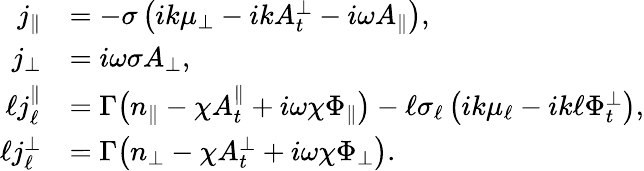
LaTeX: \begin{array}{rl}{j_{\| }}&{=-\sigma\left(ik{\mu_{\perp}}-ikA_{t}^{\perp}-i\omega A_{\| }\right),}\\ {j_{\perp}}&{=i\omega\sigma A_{\perp},}\\ {\ell j_{\ell}^{\| }}&{=\Gamma\big(n_{\| }-\chi A_{t}^{\| }+i\omega\chi\Phi_{\| }\big)-\ell\sigma_{\ell}\left(ik\mu_{\ell}-ik\ell\Phi_{t}^{\perp}\right),}\\ {\ell j_{\ell}^{\perp}}&{=\Gamma\big(n_{\perp}-\chi A_{t}^{\perp}+i\omega\chi\Phi_{\perp}\big).}\end{array}